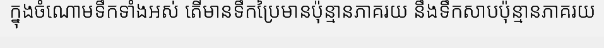
ក្នុងចំណោមទឹកទាំងអស់ តើមានទឹកប្រៃមានប៉ុន្មានភាគរយ នឹងទឹកសាបប៉ុន្មានភាគរយ